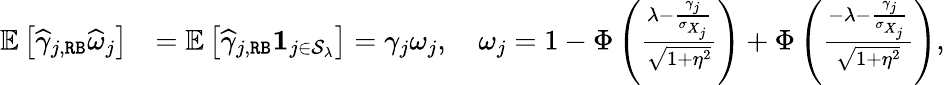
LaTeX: \begin{array}{rl}{\mathbb{E}\left[\widehat{\gamma}_{j,\mathtt{RB}}\widehat{\omega}_{j}\right]}&{=\mathbb{E}\left[\widehat{\gamma}_{j,\mathtt{RB}}\mathbf{1}_{j\in\mathcal{S}_{\lambda}}\right]=\gamma_{j}\omega_{j},\quad\omega_{j}=1-\Phi\left(\frac{\lambda-\frac{\gamma_{j}}{\sigma_{X_{j}}}}{\sqrt{1+\eta^{2}}}\right)+\Phi\left(\frac{-\lambda-\frac{\gamma_{j}}{\sigma_{X_{j}}}}{\sqrt{1+\eta^{2}}}\right),}\end{array}